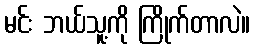
မင်း ဘယ်သူ့ကို ကြိုက်တာလဲ။